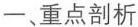
一、重点剖析